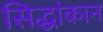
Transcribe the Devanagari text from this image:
सिद्धांकान